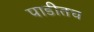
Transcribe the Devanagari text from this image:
पाडीतच